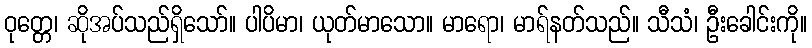
ဝုတ္တေ၊ ဆိုအပ်သည်ရှိသော်။ ပါပိမာ၊ ယုတ်မာသော။ မာရော၊ မာရ်နတ်သည်။ သီသံ၊ ဦးခေါင်းကို။